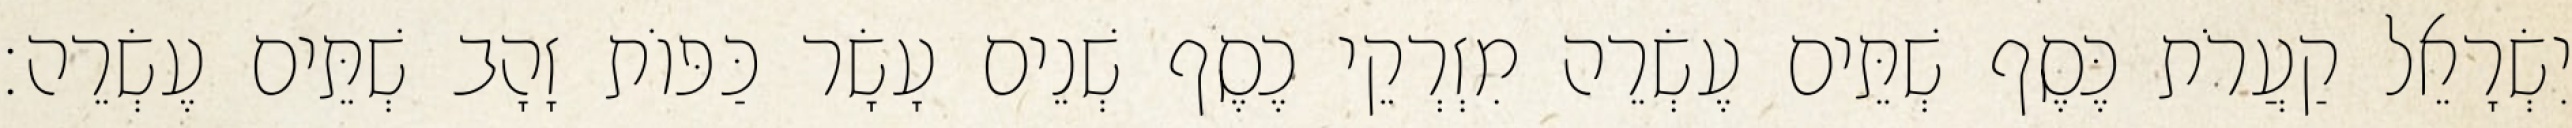
יִשְׂרָאֵל קַעֲרֹת כֶּסֶף שְׁתֵּים עֶשְׂרֵה מִזְרְקֵי כֶסֶף שְׁנֵים עָשָׂר כַּפּוֹת זָהָב שְׁתֵּים עֶשְׂרֵה׃